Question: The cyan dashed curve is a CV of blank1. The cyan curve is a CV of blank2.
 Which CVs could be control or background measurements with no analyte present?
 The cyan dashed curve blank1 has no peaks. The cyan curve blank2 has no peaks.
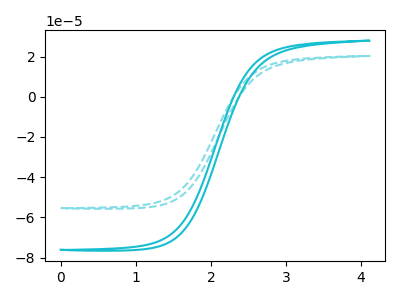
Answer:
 <answer>"blank1" and "blank2" are likely to be blanks.</answer>
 <eval>"blank1", "blank2"</eval>